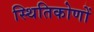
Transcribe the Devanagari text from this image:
स्थितिकोणों